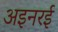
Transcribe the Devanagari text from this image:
अइनरई